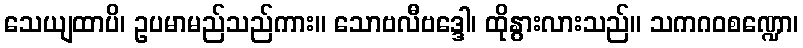
သေယျထာပိ၊ ဥပမာမည်သည်ကား။ သောဗလီဗဒ္ဒေါ၊ ထိုနွားလားသည်။ သကဂဝစဏ္ဍော၊